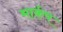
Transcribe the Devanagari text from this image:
मार्कप